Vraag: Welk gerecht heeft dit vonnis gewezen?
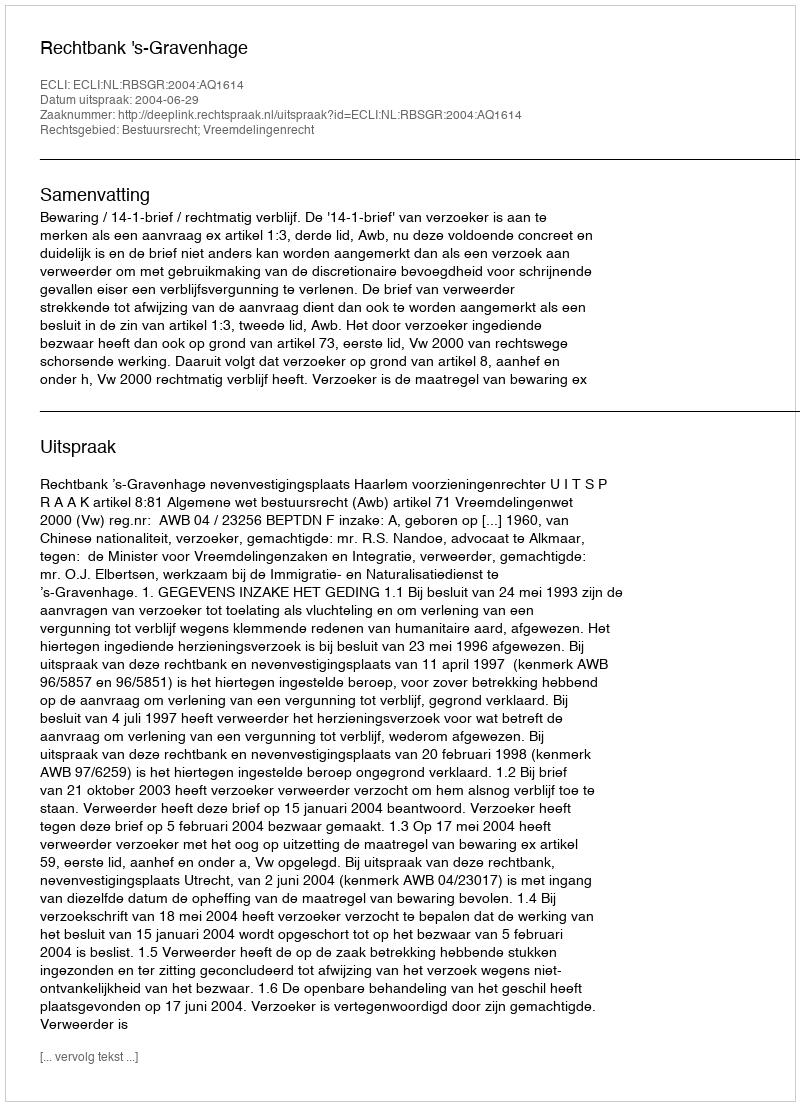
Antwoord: Rechtbank 's-Gravenhage